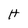
Character: H